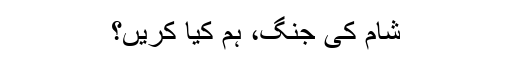
شام کی جنگ، ہم کیا کریں؟